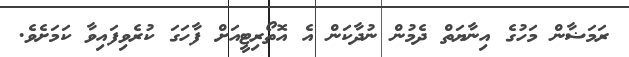
ރަމަޟާން މަހުގެ އިނާޔަތް ދެމުން ނުދާކަން އެ އޮތޯރިޓީއަށް ފާހަގަ ކުރެވިފައިވާ ކަމަށެވެ.